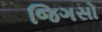
જિગસો